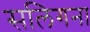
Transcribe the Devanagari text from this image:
सलिगना